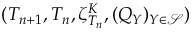
( T _ { n + 1 } , T _ { n } , \zeta _ { T _ { n } } ^ { K } , ( Q _ { Y } ) _ { Y \in \mathcal { S } } )